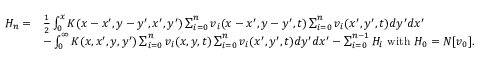
\begin{array} { r l } { H _ { n } = } & { \frac { 1 } { 2 } \int _ { 0 } ^ { x } K ( x - x ^ { \prime } , y - y ^ { \prime } , x ^ { \prime } , y ^ { \prime } ) \sum _ { i = 0 } ^ { n } v _ { i } ( x - x ^ { \prime } , y - y ^ { \prime } , t ) \sum _ { i = 0 } ^ { n } v _ { i } ( x ^ { \prime } , y ^ { \prime } , t ) d y ^ { \prime } d x ^ { \prime } } \\ & { - \int _ { 0 } ^ { \infty } K ( x , x ^ { \prime } , y , y ^ { \prime } ) \sum _ { i = 0 } ^ { n } v _ { i } ( x , y , t ) \sum _ { i = 0 } ^ { n } v _ { i } ( x ^ { \prime } , y ^ { \prime } , t ) d y ^ { \prime } d x ^ { \prime } - \sum _ { i = 0 } ^ { n - 1 } H _ { i } \mathrm { ~ w i t h ~ } H _ { 0 } = N [ v _ { 0 } ] . } \end{array}